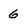
Character: 6